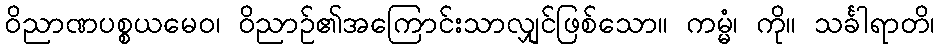
ဝိညာဏပစ္စယမေဝ၊ ဝိညာဉ်၏အကြောင်းသာလျှင်ဖြစ်သော။ ကမ္မံ၊ ကို။ သင်္ခါရာတိ၊